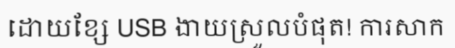
ដោយខ្សែ USB ងាយស្រួលបំផុត! ការសាក